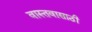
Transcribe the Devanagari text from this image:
वास्तवासाठी